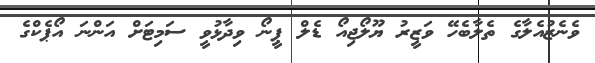
ވެނެޒުއެލާގެ ތެލާބެހޭ ވަޒީރު ޔޫލޯޖިއޯ ޑެލް ޕީނޯ ވިދާޅުވީ ސަމިޓަށް އަންނަ އޯޕެކްގެ